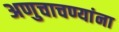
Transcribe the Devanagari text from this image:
अणुचाचण्यांना